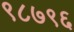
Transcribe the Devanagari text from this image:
९८७९६